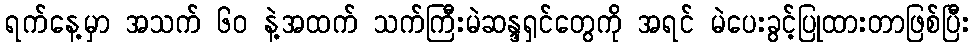
ရက်နေ့မှာ အသက် ၆၀ နဲ့အထက် သက်ကြီးမဲဆန္ဒရှင်တွေကို အရင် မဲပေးခွင့်ပြုထားတာဖြစ်ပြီး